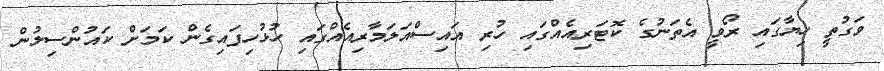
ވަގުތީ ހިޔާގައި ރޯވީ އެތަނުގެ ކޮޓަރިއެއްގައި ހުރި އައިސްއަލަމާރިއެއްގައި ހުޅުހިފައިގެން ކަމަށް ކައުންސިލުން